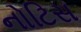
નોટિસ